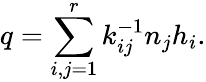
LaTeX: q=\sum_{i,j=1}^{r}k_{ij}^{-1}n_{j}h_{i}.